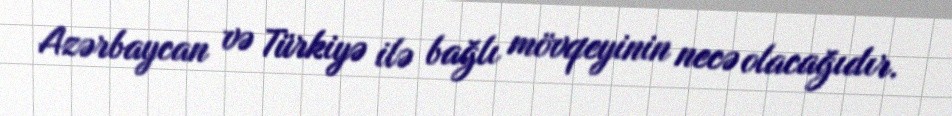
Azərbaycan və Türkiyə ilə bağlı mövqeyinin necə olacağıdır.